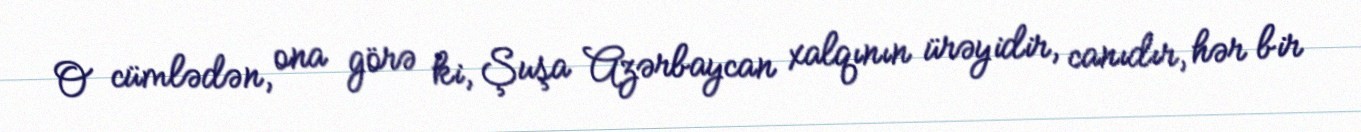
O cümlədən, ona görə ki, Şuşa Azərbaycan xalqının ürəyidir, canıdır, hər bir